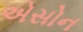
એસોન